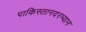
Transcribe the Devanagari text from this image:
पाकिस्तानदरम्यान